Annual report on the Civil Veterinary Department, Burma (including the Insein Veterinary School) - 1923-1931
Year: 1923
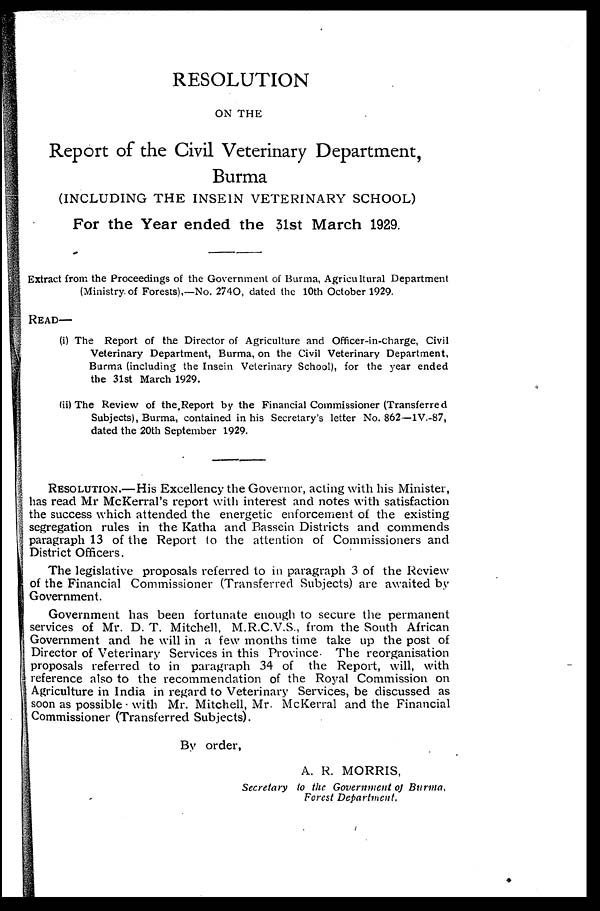
RESOLUTION
ON THE
Report of the Civil Veterinary Department,
Burma
(INCLUDING THE INSE1N VETERINARY SCHOOL)
For the Year ended the 31st March 1929.
Extract from the Proceedings of the Government of Burma, Agricultural Department
(Ministry of Forests),—No. 2740, dated the 10th October 1929.
READ—
(i) The Report of the Director of Agriculture and Officer-in-charge, Civil
Veterinary Department, Burma, on the Civil Veterinary Department,
Burma (including the Insein Veterinary School), for the year ended
the 31st March 1929.
(ii) The Review of the Report by the Financial Commissioner (Transferred
Subjects), Burma, contained in his Secretary's letter No. 862—1V.-87,
dated the 20th September 1929.
RESOLUTION.—His Excellency the Governor, acting with his Minister,
has read Mr McKerral's report with interest and notes with satisfaction
the success which attended the energetic enforcement of the existing
segregation rules in the Katha and Bassein Districts and commends
paragraph 13 of the Report to the attention of Commissioners and
District Officers.
The legislative proposals referred to in paragraph 3 of the Review
of the Financial Commissioner (Transferred Subjects) are awaited by
Government.
Government has been fortunate enough to secure the permanent
services of Mr. D. T. Mitchell, M.R.C.V.S., from the South African
Government and he will in a few months time take up the post of
Director of Veterinary Services in this Province. The reorganisation
proposals referred to in paragraph 34 of the Report, will, with
reference also to the recommendation of the Royal Commission on
Agriculture in India in regard to Veterinary Services, be discussed as
soon as possible with Mr. Mitchell, Mr. McKerral and the Financial
Commissioner (Transferred Subjects).
By order,
A. R. MORRIS,
Secretary to the Government of Burma,
Forest Department.